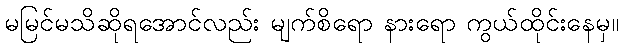
မမြင်မသိဆိုရအောင်လည်း မျက်စိရော နားရော ကွယ်ထိုင်းနေမှ။